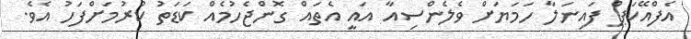
އެފްއޭކަޕް ފައިނަލާ ހަމަޔަށް ވެލެންސިއާ އައީ އެތައް ގޮންޖެހުމެއް ކަޑަތު ކުރުމަށްފަހު އެވެ.